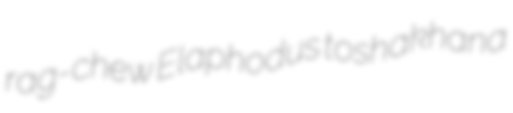
rag-chew Elaphodus toshakhana